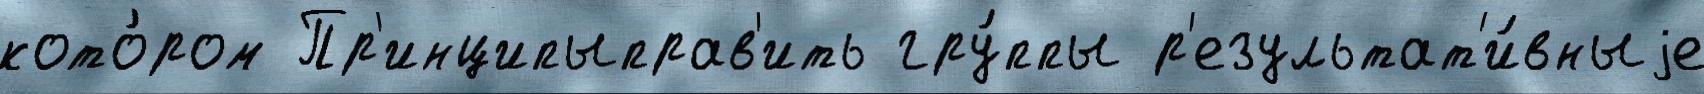
кото́ром Пр'инципыправ'ить гру́ппы р'езультат'и́вныjе